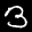
Label: 3